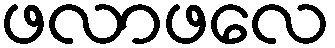
ဖလာဖလေ